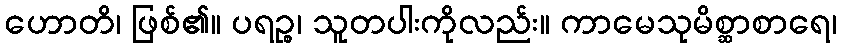
ဟောတိ၊ ဖြစ်၏။ ပရဉ္စ၊ သူတပါးကိုလည်း။ ကာမေသုမိစ္ဆာစာရေ၊